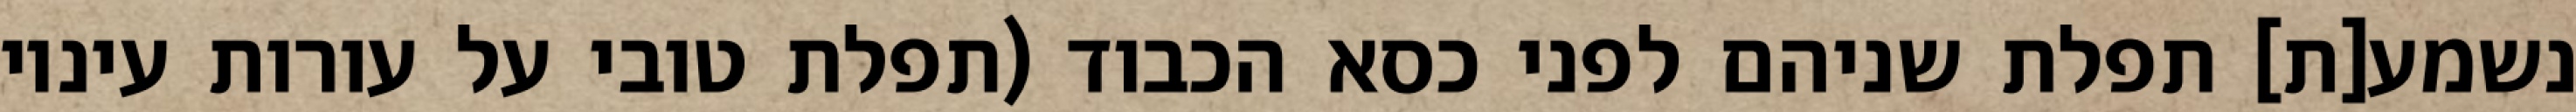
נשמע[ת] תפלת שניהם לפני כסא הכבוד (תפלת טובי על עורות עיניו